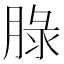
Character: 䐂